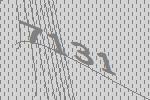
7131